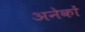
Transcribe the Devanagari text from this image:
अनेेकों